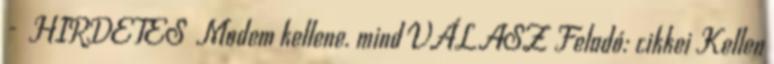
- HIRDETES Modem kellene. mind VÁLASZ Feladó: cikkei Kellen